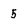
Character: 5